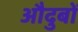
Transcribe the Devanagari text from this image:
औदुबों